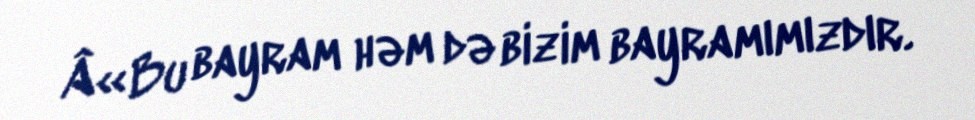
Â«Bu bayram həm də bizim bayramımızdır.